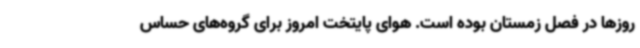
روزها در فصل زمستان بوده است. هوای پایتخت امروز برای گروه‌های حساس